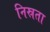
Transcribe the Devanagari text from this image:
निस्रता